Indian journal of veterinary science and animal husbandry - Volume 13,
Year: 1943
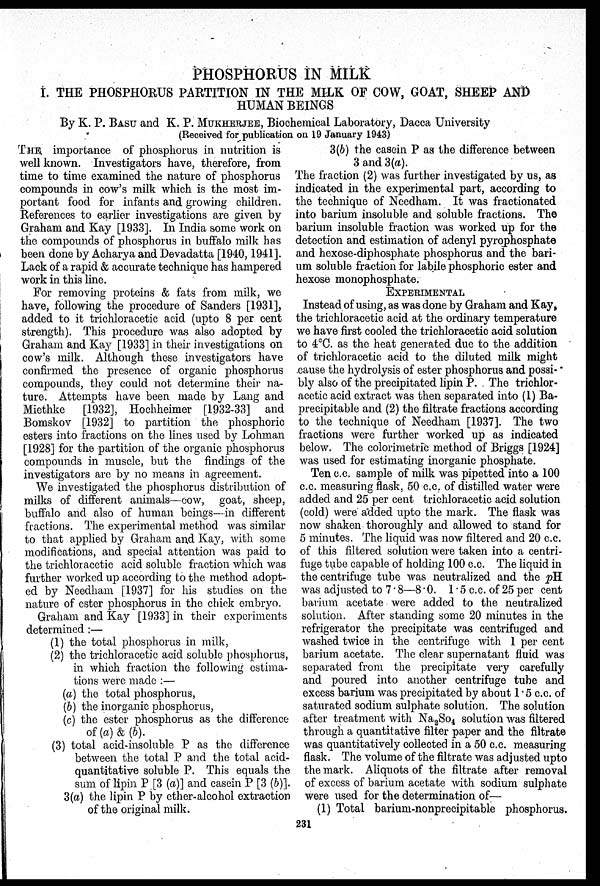
PHOSPHORUS IN MILK
I. THE PHOSPHORUS PARTITION IN THE MILK OF COW, GOAT, SHEEP AND
HUMAN BEINGS
By K. P. BASU and K. P. MUKHERJEE, Biochemical Laboratory, Dacca University
(Received for publication on 19 January 1943)
THE importance of phosphorus in nutrition is
well known. Investigators have, therefore, from
time to time examined the nature of phosphorus
compounds in cow's milk which is the most im-
portant food for infants and growing children.
References to earlier investigations are given by
Graham and Kay [1933]. In India some work on
the compounds of phosphorus in buffalo milk has
been done by Acharya and Devadatta [1940, 1941].
Lack of a rapid & accurate technique has hampered
work in this line.
For removing proteins & fats from milk, we
have, following the procedure of Sanders [1931],
added to it trichloracetic acid (upto 8 per cent
strength). This procedure was also adopted by
Graham and Kay [1933] in their investigations on
cow's milk. Although these investigators have
confirmed the presence of organic phosphorus
compounds, they could not determine their na-
ture. Attempts have been made by Lang and
Miethke [1932], Hochheimer [1932-33] and
Bomskov [1932] to partition the phosphoric
esters into fractions on the lines used by Lohman
[1928] for the partition of the organic phosphorus
compounds in muscle, but the findings of the
investigators are by no means in agreement.
We investigated the phosphorus distribution of
milks of different animals—cow, goat, sheep,
buffalo and also of human beings—in different
fractions. The experimental method was similar
to that applied by Graham and Kay, with some
modifications, and special attention was paid to
the trichloracetic acid soluble fraction which was
further worked up according to the method adopt-
ed by Needham [1937] for his studies on the
nature of ester phosphorus in the chick embryo.
Graham and Kay [1933] in their experiments
determined :—
(1) the total phosphorus in milk,
(2) the trichloracetic acid soluble phosphorus,
in which fraction the following estima-
tions were made :—
(a) the total phosphorus,
(b) the inorganic phosphorus,
(c) the ester phosphorus as the difference
of (a) & (b).
(3) total acid-insoluble P as the difference
between the total P and the total acid-
quantitative soluble P. This equals the
sum of lipin P [3 (a)] and casein P [3 (b)].
3(a) the lipin P by ether-alcohol extraction
of the original milk.
3(b) the casein P as the difference between
3 and 3(a).
The fraction (2) was further investigated by us, as
indicated in the experimental part, according to
the technique of Needham. It was fractionated
into barium insoluble and soluble fractions. The
barium insoluble fraction was worked up for the
detection and estimation of adenyl pyrophosphate
and hexose-diphosphate phosphorus and the bari-
um soluble fraction for labile phosphoric ester and
hexose monophosphate.
EXPERIMENTAL
Instead of using, as was done by Graham and Kay,
the trichloracetic acid at the ordinary temperature
we have first cooled the trichloracetic acid solution
to 4ºC. as the heat generated due to the addition
of trichloracetic acid to the diluted milk might
cause the hydrolysis of ester phosphorus and possi-
bly also of the precipitated lipin P. The trichlor-
acetic acid extract was then separated into (1) Ba-
precipitable and (2) the filtrate fractions according
to the technique of Needham [1937]. The two
fractions were further worked up as indicated
below. The colorimetric method of Briggs [1924]
was used for estimating inorganic phosphate.
Ten c.c. sample of milk was pipetted into a 100
c.c. measuring flask, 50 c.c. of distilled water were
added and 25 per cent trichloracetic acid solution
(cold) were added upto the mark. The flask was
now shaken thoroughly and allowed to stand for
5 minutes. The liquid was now filtered and 20 c.c.
of this filtered solution were taken into a centri-
fuge tube capable of holding 100 c.c. The liquid in
the centrifuge tube was neutralized and the pH
was adjusted to 7.8—8.0. 1.5 c.c. of 25 per cent
barium acetate were added to the neutralized
solution. After standing some 20 minutes in the
refrigerator the precipitate was centrifuged and
washed twice in the centrifuge with 1 per cent
barium acetate. The clear supernatant fluid was
separated from the precipitate very carefully
and poured into another centrifuge tube and
excess barium was precipitated by about 1.5 c.c. of
saturated sodium sulphate solution. The solution
after treatment with Na 2 So 4 solution was filtered
through a quantitative filter paper and the filtrate
was quantitatively collected in a 50 c.c. measuring
flask. The volume of the filtrate was adjusted upto
the mark. Aliquots of the filtrate after removal
of excess of barium acetate with sodium sulphate
were used for the determination of—
(1) Total barium-nonprecipitable phosphorus.
231